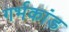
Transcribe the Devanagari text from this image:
गर्भकांड